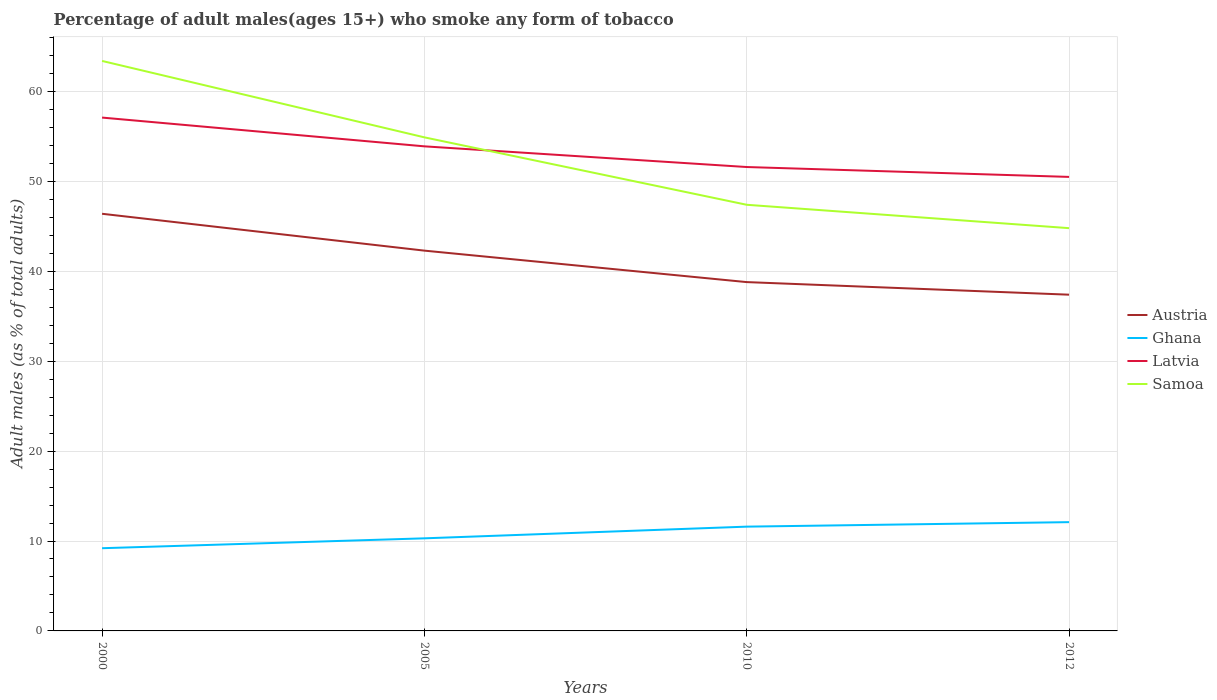
| Years | Austria | Ghana | Latvia | Samoa |
 | --- | --- | --- | --- | --- |
 | 2000 | 46.4 | 9.2 | 57.1 | 63.4 |
 | 2005 | 42.3 | 10.3 | 53.9 | 54.9 |
 | 2010 | 38.8 | 11.6 | 51.6 | 47.4 |
 | 2012 | 37.4 | 12.1 | 50.5 | 44.8 |